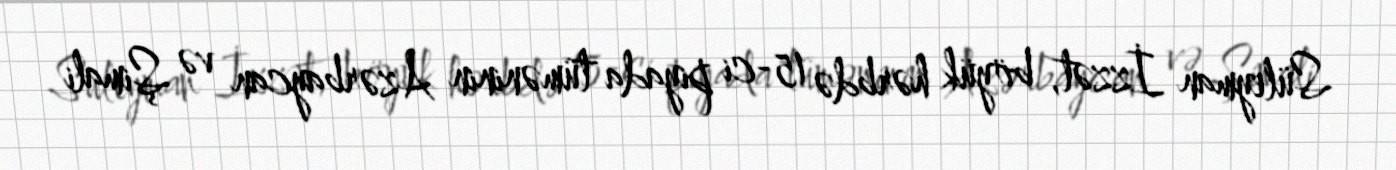
Süleyman İzzət, böyük hərbdə 15-ci piyada tüməninin Azərbaycan və Şimali